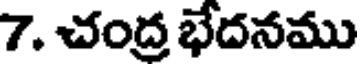
7. చంద్ర భేదనము